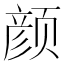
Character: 颜